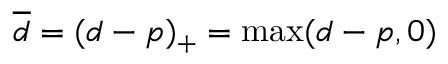
\overline { d } = ( d - p ) _ { + } = \operatorname* { m a x } ( d - p , 0 )